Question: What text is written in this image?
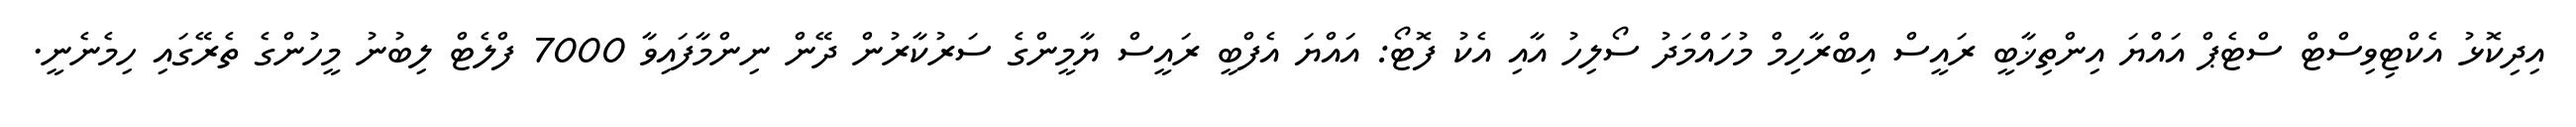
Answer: އިދިކޮޅު އެކްޓިވިސްޓް ސްޓެޕް އައްޔަ އިންތިޚާބީ ރައީސް އިބްރާހިމް މުހައްމަދު ސޯލިހު އާއި އެކު ފޮޓޯ: އައްޔަ އެފްބީ ރައީސް ޔާމީންގެ ސަރުކާރުން ދޭން ނިންމާފައިވާ 7000 ފްލެޓް ލިބުނު މީހުންގެ ތެރޭގައި ހިމެނެނީ.